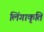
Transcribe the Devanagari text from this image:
लिंगाकृति